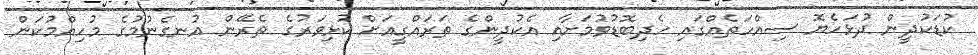
ކުޑަކުދީން ދުޅަހެޔޮ ސިއްހަތެއްގައި ހެދިބޮޑުވުމަށާއި އެކުދީންގެ ތަރައްގީއަށް ކުޅިވަރުގެ ތެރޭން އުނގެނުމުގެ މުހިއްމުކަން